Madras plague regulations in force outside the Presidency town - Volume 2
Disease focus: Plague
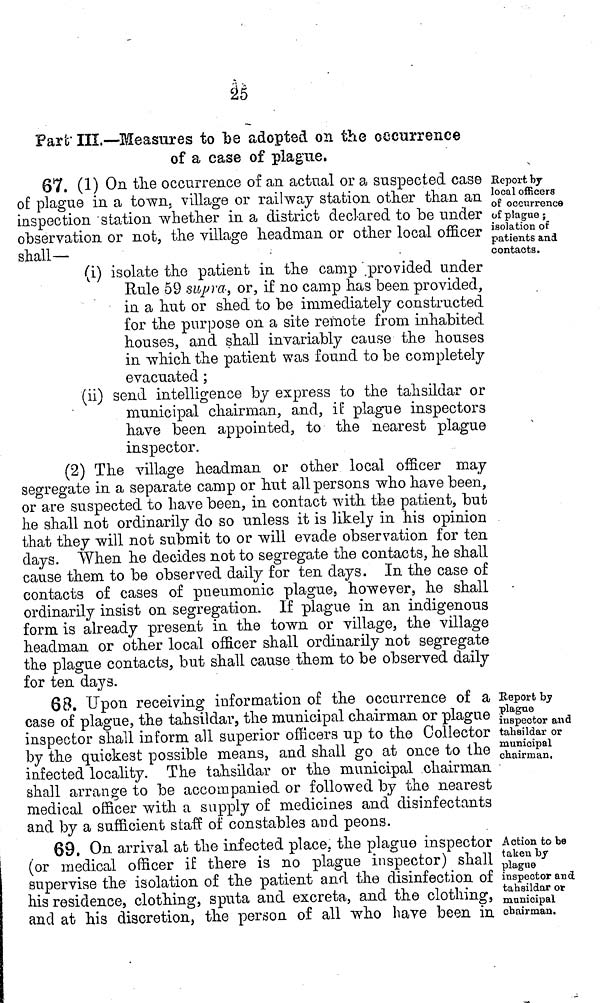
25
Part III.—Measures to be adopted 021 the occurrence
of a case of plague,
Report by
local officers
of occurrence
of plague ;
isolation of
patients and
contacts.
87. (1) On the occurrence of an actual or a suspected case
of plague in a town, village or railway station other than an
inspection station whether in a district declared to be under
observation or not, the village headman or other local officer
shall—
(i) isolate the patient in the camp provided under
Rule 59 supra, or, if no camp has been provided,
in a hut or shed to be immediately constructed
for the purpose on a site remote from inhabited
houses, and shall invariably cause the houses
in which the patient was found to be completely
evacuated ;
(ii) send intelligence by express to the tahsildar or
municipal chairman, and, if plague inspectors
have been appointed, to the nearest plague
inspector.
(2) The village headman or other local officer may
segregate in a separate camp or hut all persons who have been,
or are suspected to have been, in contact with the patient, but
he shall not ordinarily do so unless it is likely in his opinion
that they will not submit to or will evade observation for ten
days. When he decides not to segregate the contacts, he shall
cause them to be observed daily for ten days. In the case of
contacts of cases of pneumonic plague, however, he shall
ordinarily insist on segregation. If plague in an indigenous
form is already present in the town or village, the village
headman or other local officer shall ordinarily not segregate
the plague contacts, but shall cause them to be observed daily
for ten days.
Report by
plague
inspector and
tahsildar or
municipal
chairman.
68. Upon receiving information of the occurrence of a
case of plague, the tahsildar, the municipal chairman or plague
inspector shall inform all superior officers up to the Collector
by the quickest possible means, and shall go at once to the
infected locality. The tahsildar or the municipal chairman
shall arrange to be accompanied or followed by the nearest
medical officer with a supply of medicines and disinfectants
and by a sufficient staff of constables and peons.
Action to be
taken by
plague
inspector and
tahsildar or
municipal
chairman.
69. On arrival at the infected place, the plaguo inspector
(or medical officer if there is no plague inspector) shall
supervise the isolation of the patient and the disinfection of
his residence, clothing, sputa and excreta, and the clothing,
and at his discretion, the person of all who have been in